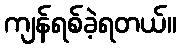
ကျန်ရစ်ခဲ့ရတယ်။